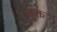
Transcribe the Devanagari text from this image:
व्हक्त